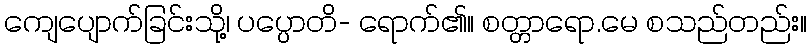
ကျေပျောက်ခြင်းသို့၊ ပပ္ပောတိ- ရောက်၏။ စတ္တာရော.မေ စသည်တည်း။